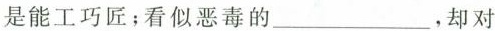
是能工巧匠；看似恶毒的____，却对